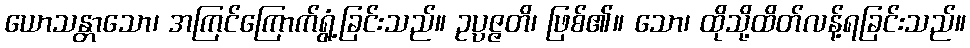
ယောသန္တာသော၊ အကြင်ကြောက်ရွံ့ခြင်းသည်။ ဥပ္ပဇ္ဇတိ၊ ဖြစ်၏။ သော၊ ထိုသို့ထိတ်လန့်ရခြင်းသည်။